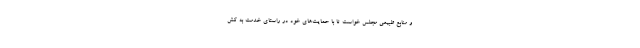
و منابع طبیعی مجلس خواست تا با حمایت‌های خود در راستای خدمت به کش